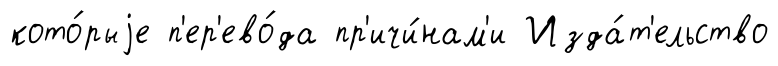
кото́рыjе п'ер'ево́да пр'ичи́нам'и Изда́т'ельство